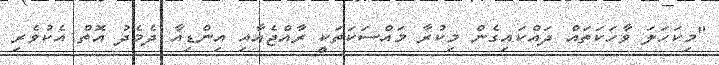
"މިކަހަލަ ވާހަކަތައް ދައްކައިގެން މިކުރާ މައްސަކަތަކީ ރާއްޖެއާއި އިންޑިއާ ދެމެދު އޮތް އެކުވެރި